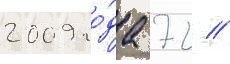
2009 го́да 72 //